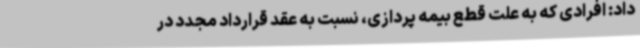
داد: افرادی که به علت قطع بیمه پردازی، نسبت به عقد قرارداد مجدد در